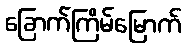
ခြောက်ကြိမ်မြောက်